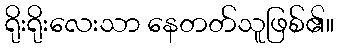
ရိုးရိုးလေးသာ နေတတ်သူဖြစ်၏။